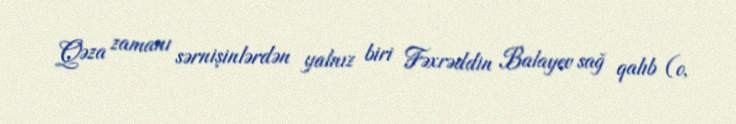
Qəza zamanı sərnişinlərdən yalnız biri Fəxrəddin Balayev sağ qalıb (o,